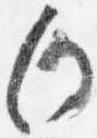
向